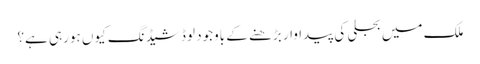
ملک میں بجلی کی پیداوار بڑھنے کے باوجود لوڈشیڈنگ کیوں ہورہی ہے؟